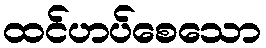
ထင်ဟပ်စေသော